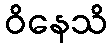
ဝိနေသိ